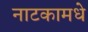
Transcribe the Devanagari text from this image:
नाटकामधे